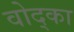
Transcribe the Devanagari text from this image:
वोद्का